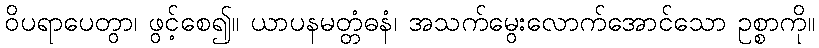
ဝိပရာပေတွာ၊ ဖွင့်စေ၍။ ယာပနမတ္တံဓနံ၊ အသက်မွေးလောက်အောင်သော ဥစ္စာကို။